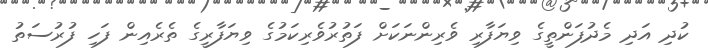
ކުދި އަދި މެދުފަންތީގެ ވިޔަފާރި ވެރިންނަކަށް ފަތުރުވެރިކަމުގެ ވިޔަފާރީގެ ތެރެއިން ފަހި ފުރުސަތު